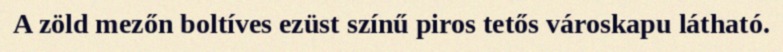
A zöld mezőn boltíves ezüst színű piros tetős városkapu látható.